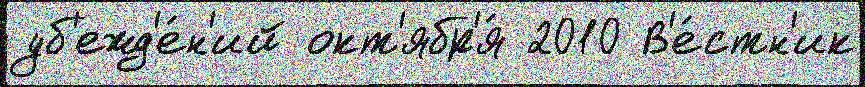
уб'ежд'е́н'ий окт'ябр'я́ 2010 В'е́стн'ик